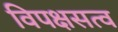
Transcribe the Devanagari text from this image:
विपक्षसत्व